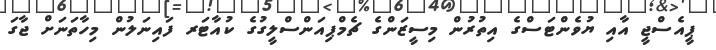
ޕީއެސްޖީ އާއި ޔުވެންޓަސްގެ އިތުރުން މިސީޒަންގެ ޗެމްޕިއަންސްލީގުގެ ކުއާޓަރ ފައިނަލުން މިހާތަނަށް ޖާގަ